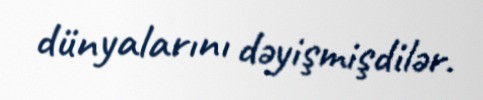
dünyalarını dəyişmişdilər.